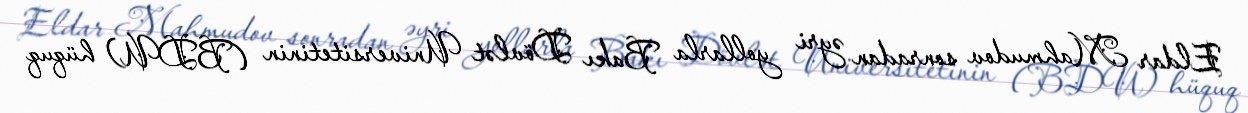
Eldar Mahmudov sonradan əyri yollarla Bakı Dövlət Universitetinin (BDU) hüquq